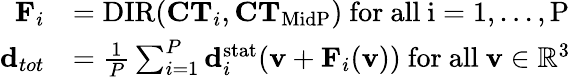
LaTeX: \begin{array}{rl}{\mathbf{F}_{i}}&{=\mathrm{DIR}(\mathbf{CT}_{i},\mathbf{CT}_{\mathrm{MidP}})\mathrm{~for~all~i=1,...,P~}}\\ {\mathbf{d}_{tot}}&{=\frac{1}{P}\sum_{i=1}^{P}\mathbf{d}_{i}^{\mathrm{stat}}(\mathbf{v}+\mathbf{F}_{i}(\mathbf{v}))\mathrm{~for~all~\mathbf{v}\in\mathbb{R}^3~}}\end{array}